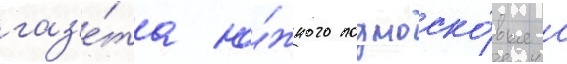
газ'е́та ю́жного подмоско́вья с